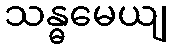
သန္ဓမေယျ